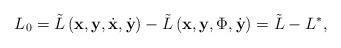
LaTeX: \begin{align*}L_0=\tilde{L}\left(\textbf{x},\textbf{y},\dot{\textbf{x}},\dot{\textbf{y}}\right)- \tilde{L}\left(\textbf{x},\textbf{y},\Phi,\dot{\textbf{y}}\right)=\tilde{L}-L^*, \end{align*}